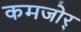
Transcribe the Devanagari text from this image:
कमजोर्